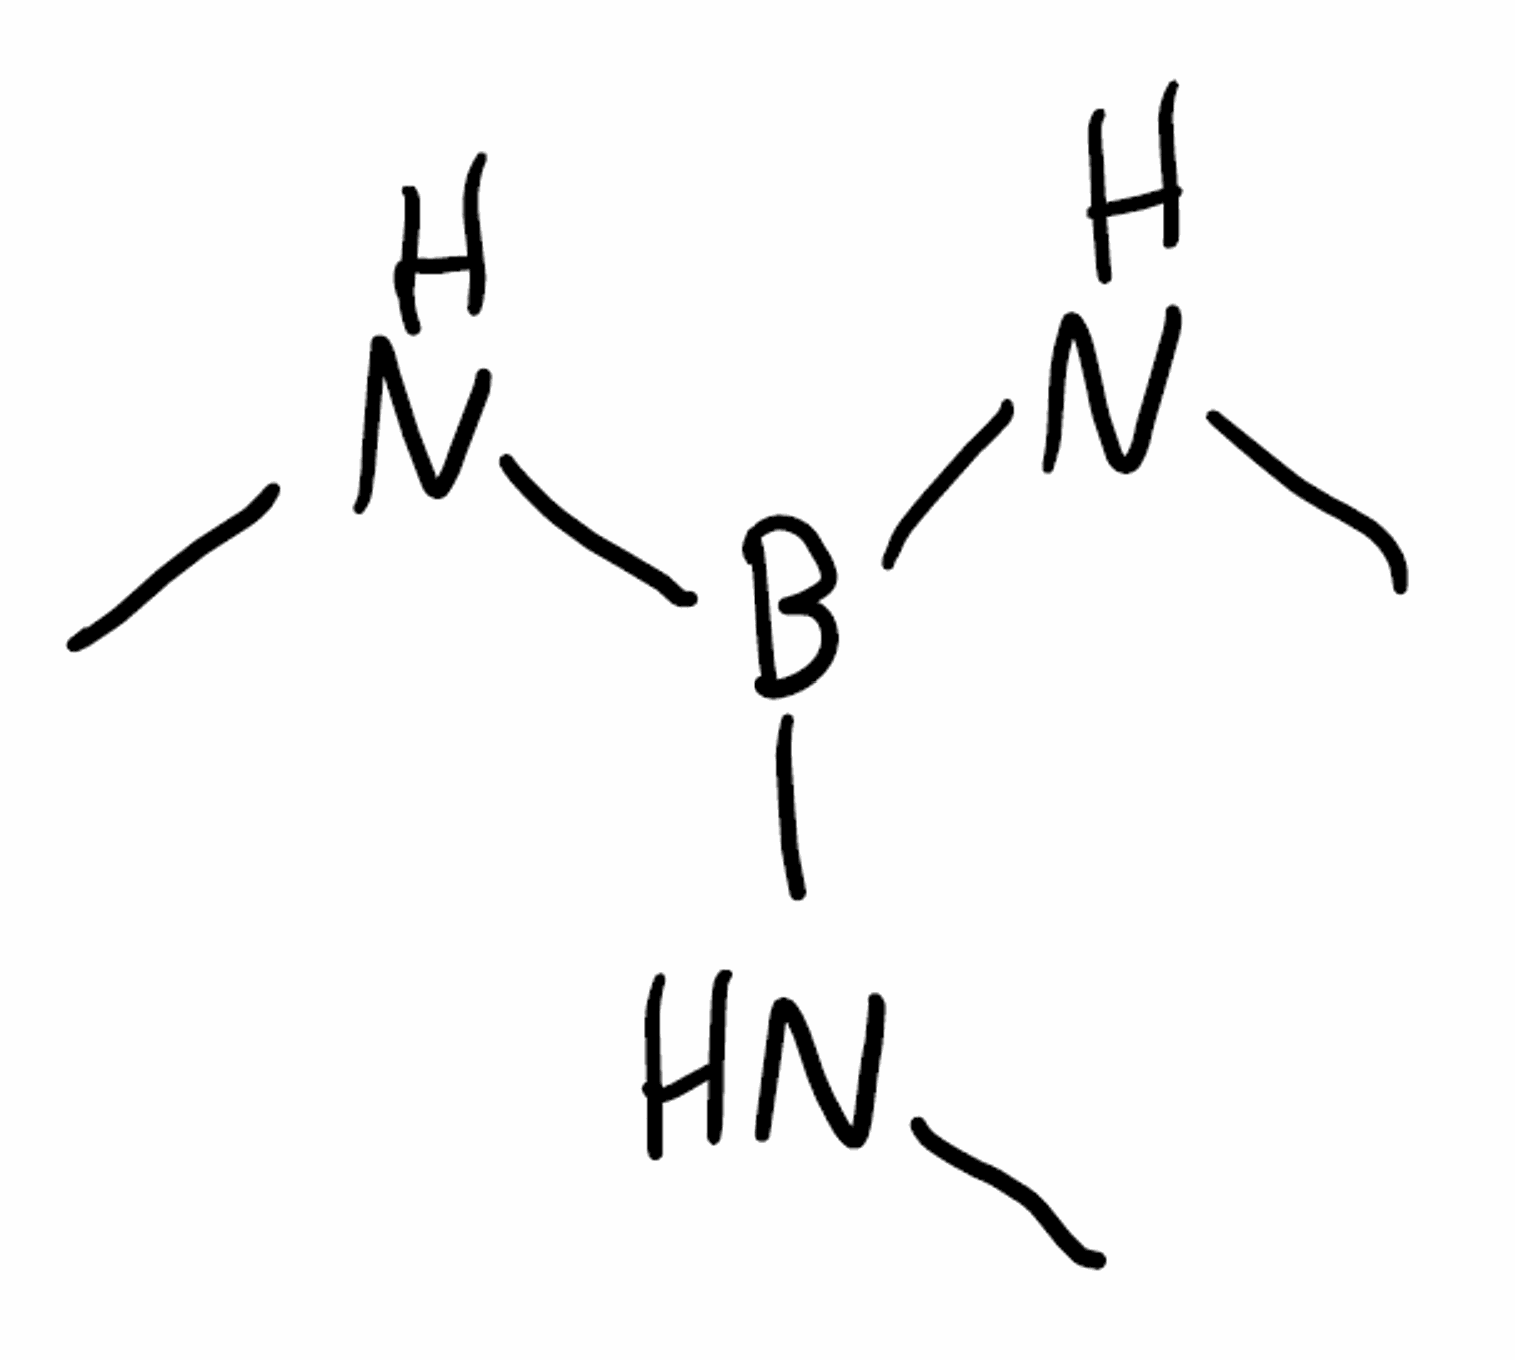
Simplified molecular-input line-entry system (SMILES) notation of the given molecule:
B(NC)(NC)NC